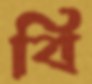
বি